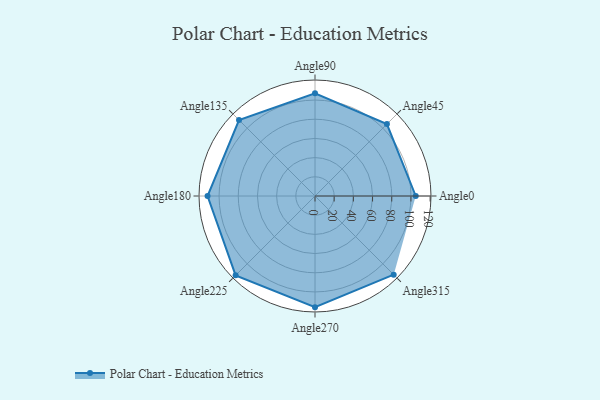
{"axis": {"x": "Angle", "y": "Radius"}, "legend": [""], "data": [{"x": "Angle0", "y": 105.0, "type": ""}, {"x": "Angle45", "y": 106.0, "type": ""}, {"x": "Angle90", "y": 107.0, "type": ""}, {"x": "Angle135", "y": 112.0, "type": ""}, {"x": "Angle180", "y": 112.0, "type": ""}, {"x": "Angle225", "y": 117.0, "type": ""}, {"x": "Angle270", "y": 116.0, "type": ""}, {"x": "Angle315", "y": 116.0, "type": ""}]}